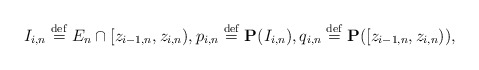
\begin{align*}I_{i,n}\stackrel{\rm def}{=}E_{n}\cap [z_{i-1,n},z_{i,n}),p_{i,n}\stackrel{\rm def}{=}{\bf P}(I_{i,n}),q_{i,n}\stackrel{\rm def}{=}{\bf P}([z_{i-1,n},z_{i,n})), \end{align*}